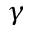
\ensuremath { \gamma }